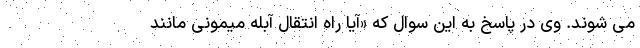
می شوند. وی در پاسخ به این سوال که «آیا راه انتقال آبله میمونی مانند